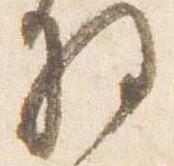
将